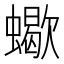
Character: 蠍